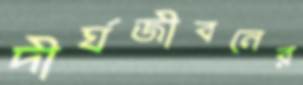
দীর্ঘজীবনের